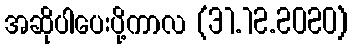
အဆိုပါပေးပို့ကာလ (31.12.2020)